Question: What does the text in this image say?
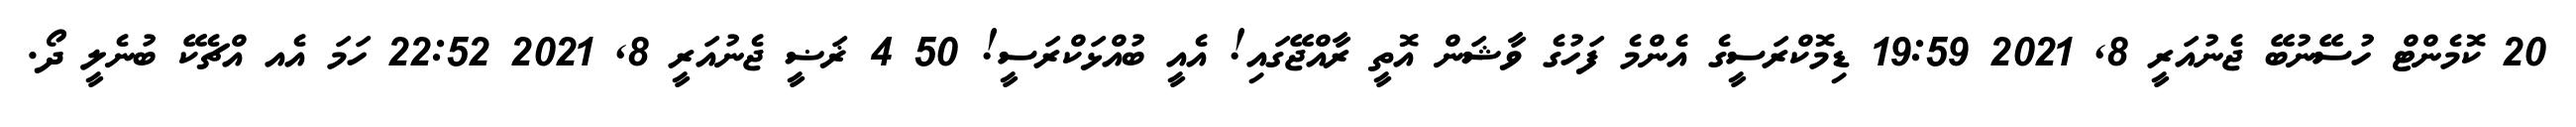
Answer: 20 ކޮމެންޓް ހުސޭނުބޭ ޖެނުއަރީ 8, 2021 19:59 ޑިމޮކްރަސީގެ އެންމެ ފަހުގެ ވާޝަން އޮތީ ރާއްޖޭގައި! އެއީ ބުއްޅަކްރަސީ! 50 4 ޜަޟީ ޖެނުއަރީ 8, 2021 22:52 ހަމަ އެއ އްޗެކޭ ބުނެލީ ދޯ.